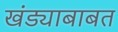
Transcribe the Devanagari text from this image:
खंड्याबाबत